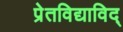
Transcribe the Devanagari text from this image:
प्रेतविद्याविद्